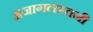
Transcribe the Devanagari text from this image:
अजागलस्तनी